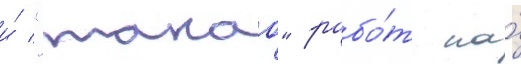
и́ "такао" рабо́т на́